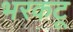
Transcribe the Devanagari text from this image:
भरकटू